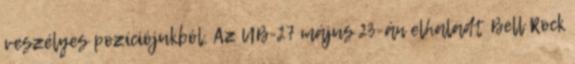
veszélyes pozíciójukból. Az UB-27 május 23-án elhaladt Bell Rock